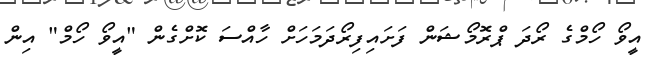
އީވޯ ހޯމްގެ ރޯދަ ޕްރޮމޯޝަން ފަށައިފިރޯދަމަހަށް ހާއްސަ ކޮށްގެން "އީވޯ ހޯމް" އިން